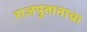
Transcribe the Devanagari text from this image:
राजपुतानाचा